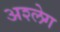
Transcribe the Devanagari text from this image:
अश्लेग